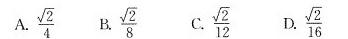
A. \frac{\sqrt{2}}{4} B.\frac{\sqrt{2}}{8} C.\frac{\sqrt{2}}{12} D.\frac{\sqrt{2}}{16}